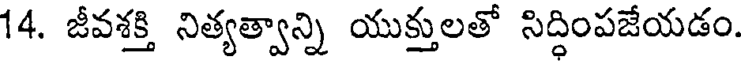
14. జీవశక్తి నిత్యత్వాన్ని యుక్తులతో సిద్ధింపజేయడం.